画像に写った文字を読んでください
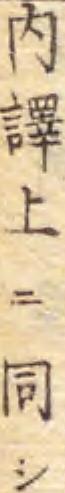
「内驛上ニ同シ」と書いてあります